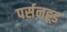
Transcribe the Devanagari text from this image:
पर्सनहूड